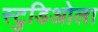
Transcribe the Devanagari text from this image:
स्टुडिओला